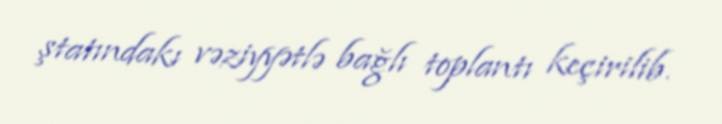
ştatındakı vəziyyətlə bağlı toplantı keçirilib.